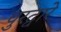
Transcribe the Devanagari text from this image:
पुरद्वारे